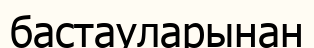
бастауларынан